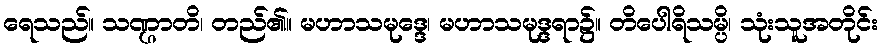
ရေသည်။ သဏ္ဌာတိ၊ တည်၏။ မဟာသမုဒ္ဒေ၊ မဟာသမုဒ္ဒရာ၌။ တိပေါရိသမ္ပိ၊ သုံးသူအတိုင်း